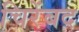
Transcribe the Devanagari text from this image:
चिरेंबद